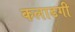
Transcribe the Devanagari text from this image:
कलाडगी